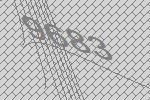
9683